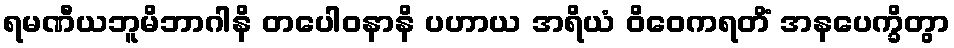
ရမဏီယဘူမိဘာဂါနိ တပေါဝနာနိ ပဟာယ အရိယံ ဝိဝေကရတိံ အနပေက္ခိတွာ